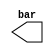
// DESCRIPTION: Verilator: Verilog Test module
//
// This file ONLY is placed into the Public Domain, for any use,
// without warranty, 2005 by Wilson Snyder.

module t (/*AUTOARG*/
   // Outputs
   bar
   );

   wire  foo;
   output  bar;

   // Oh dear.
   assign  foo = bar;
   assign  bar = foo;

endmodule